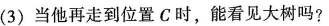
(3)当他再走到位置C时，能看见大树吗?